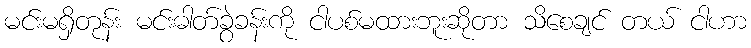
မင်းမရှိတုန်း မင်းဓါတ်ခွဲခန်းကို ငါပစ်မထားဘူးဆိုတာ သိစေချင် တယ် ငါဟာ